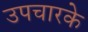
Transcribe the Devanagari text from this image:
उपचारके